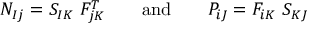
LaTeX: N _ { I j } = S _ { I K } ~ F _ { j K } ^ { T } \qquad { \mathrm { a n d } } \qquad P _ { i J } = F _ { i K } ~ S _ { K J }